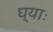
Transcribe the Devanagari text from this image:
घ्‍याः